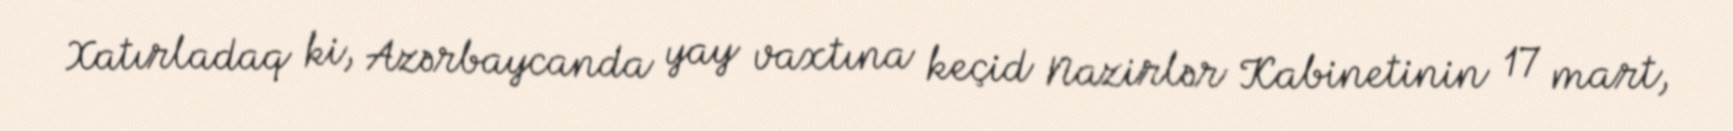
Xatırladaq ki, Azərbaycanda yay vaxtına keçid Nazirlər Kabinetinin 17 mart,